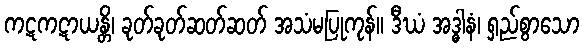
ကဋကဋာယန္တိ၊ ခုတ်ခုတ်ဆတ်ဆတ် အသံမပြုကုန်။ ဒီဃံ အဒ္ဓါနံ၊ ရှည်စွာသော